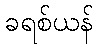
ခရစ်ယန်